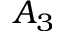
A _ { 3 }